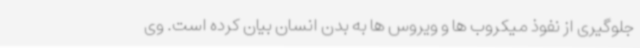
جلوگیری از نفوذ میکروب ها و ویروس ها به بدن انسان بیان کرده است. وی